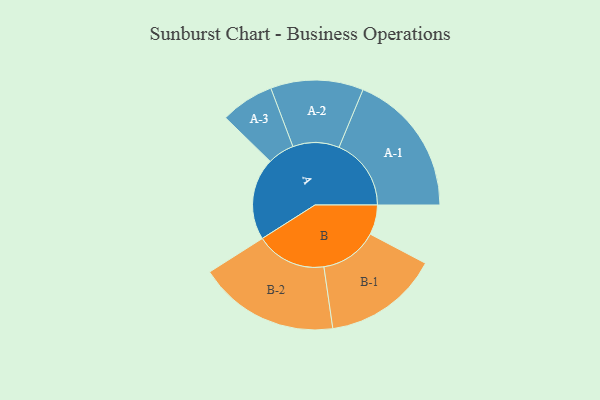
{"axis": {"x": "Segment", "y": "Value"}, "legend": ["", "A", "B"], "data": [{"x": "A", "y": 331, "type": ""}, {"x": "B", "y": 120, "type": ""}, {"x": "A-1", "y": 291, "type": "A"}, {"x": "A-2", "y": 187, "type": "A"}, {"x": "A-3", "y": 108, "type": "A"}, {"x": "B-1", "y": 233, "type": "B"}, {"x": "B-2", "y": 284, "type": "B"}]}